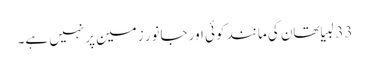
33 لبیا تھان کی مانند کوئی اور جانور زمین پر نہیں ہے۔